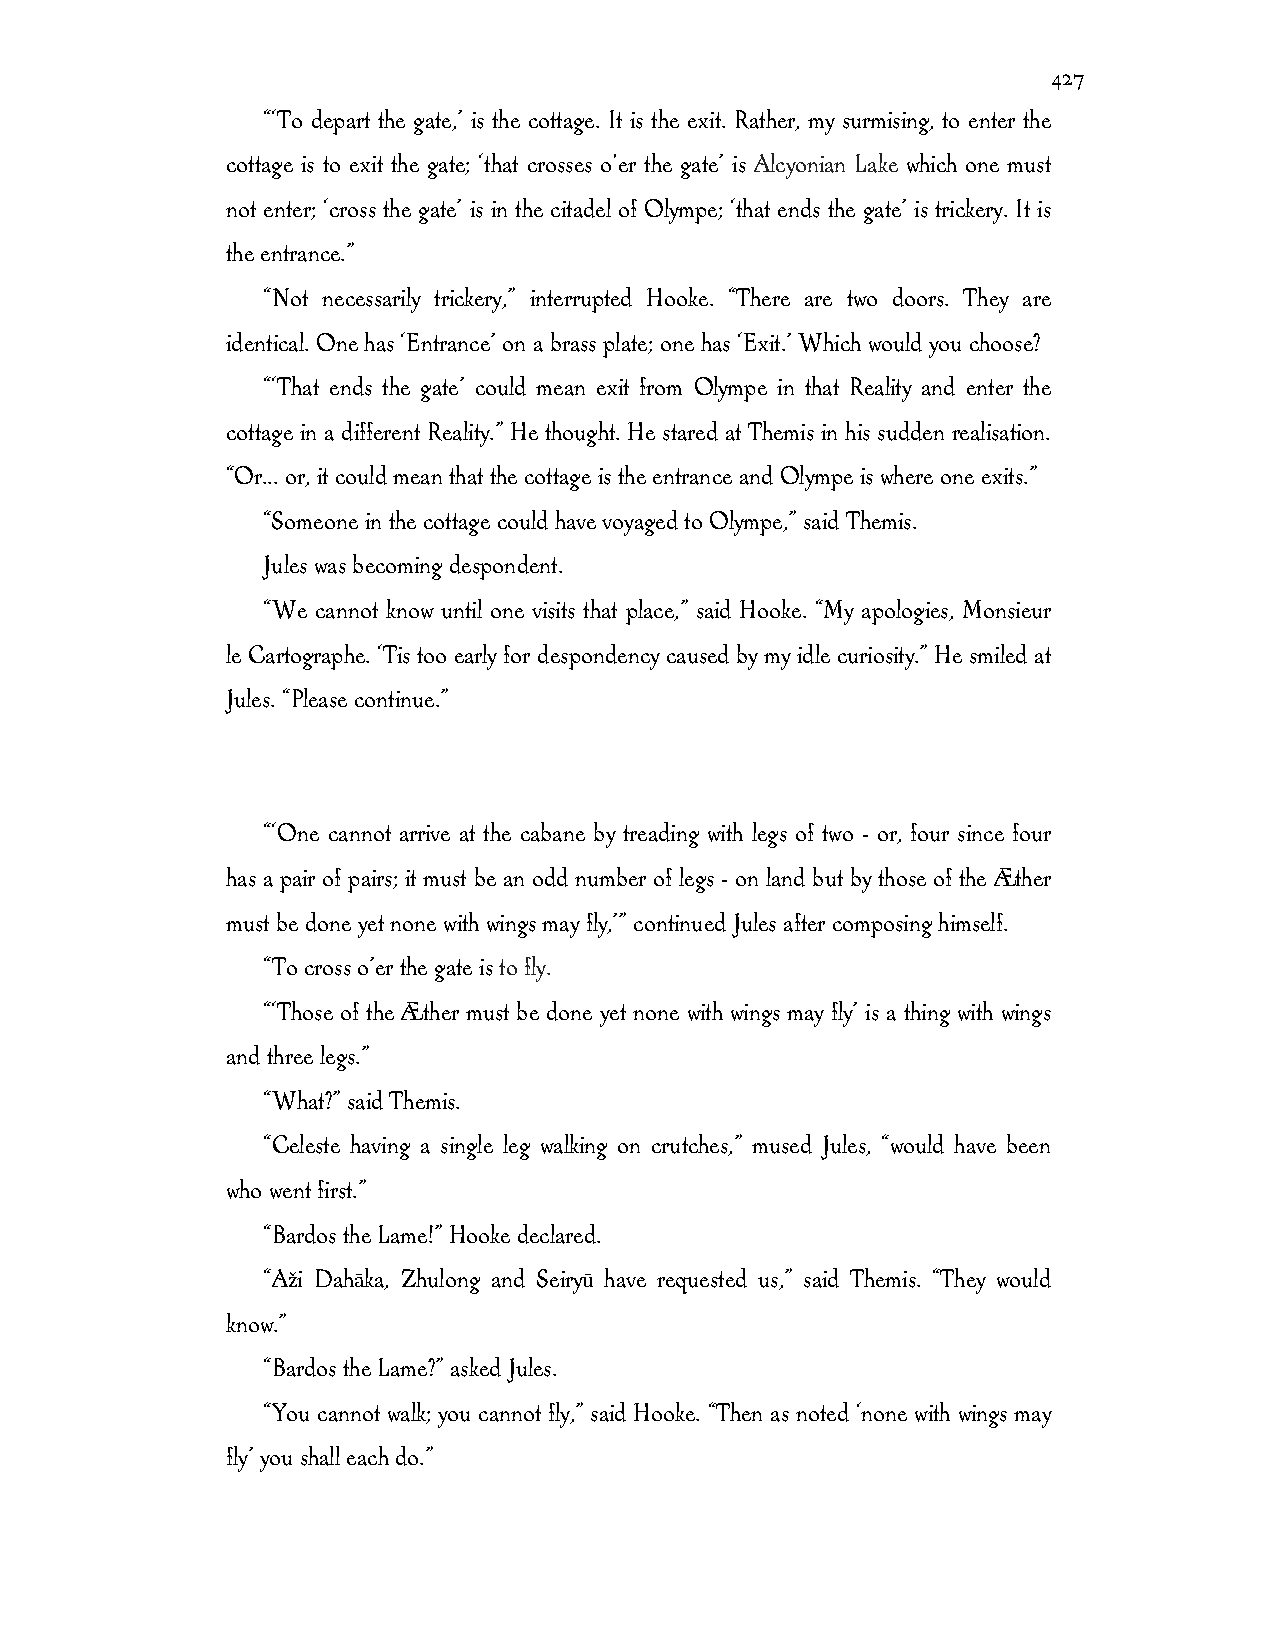
427
 “‘To depart the gate,’ is the cottage. It is the exit. Rather, my surmising, to enter the
 cottage is to exit the gate; ‘that crosses o'er the gate’ is Alcyonian Lake which one must
 not enter; ‘cross the gate’ is in the citadel of Olympe; ‘that ends the gate’ is trickery. It is
 the entrance.”
 “Not necessarily trickery,” interrupted Hooke. “There are two doors. They are
 identical. One has ‘Entrance’ on a brass plate; one has ‘Exit.’ Which would you choose?
 “‘That ends the gate’ could mean exit from Olympe in that Reality and enter the
 cottage in a different Reality.” He thought. He stared at Themis in his sudden realisation.
 “Or... or, it could mean that the cottage is the entrance and Olympe is where one exits.”
 “Someone in the cottage could have voyaged to Olympe,” said Themis.
 Jules was becoming despondent.
 “We cannot know until one visits that place,” said Hooke. “My apologies, Monsieur
 le Cartographe. ‘Tis too early for despondency caused by my idle curiosity.” He smiled at
 Jules. “Please continue.”
 “‘One cannot arrive at the cabane by treading with legs of two - or, four since four
 has a pair of pairs; it must be an odd number of legs - on land but by those of the Æther
 must be done yet none with wings may fly,’” continued Jules after composing himself.
 “To cross o’er the gate is to fly.
 “‘Those of the Æther must be done yet none with wings may fly’ is a thing with wings
 and three legs.”
 “What?” said Themis.
 “Celeste having a single leg walking on crutches,” mused Jules, “would have been
 who went first.”
 “Bardos the Lame!” Hooke declared.
 “Aži Dahāka, Zhulong and Seiryū have requested us,” said Themis. “They would
 know.”
 “Bardos the Lame?” asked Jules.
 “You cannot walk; you cannot fly,” said Hooke. “Then as noted ‘none with wings may
 fly’ you shall each do.”